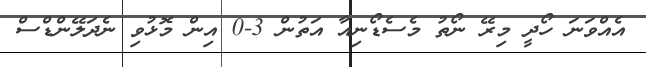
އެއްވަނަ ހޯދީ މިރޭ ނޯތު މެސެޑޯނިއާ އަތުން 3-0 އިން މޮޅުވި ނެދަލޭންޑްސް